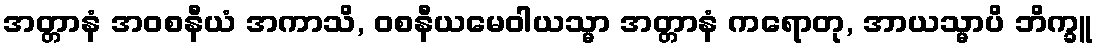
အတ္တာနံ အဝစနီယံ အကာသိ, ဝစနီယမေဝါယသ္မာ အတ္တာနံ ကရောတု, အာယသ္မာပိ ဘိက္ခူ